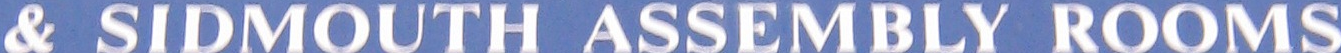
& SIDMOUTH ASSEMBLY ROOMS